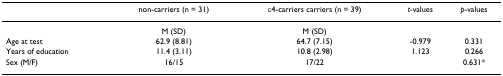
<table><thead><tr><td></td><td><b>non-carriers (n = 31)</b></td><td><b>ε4-carriers carriers (n = 39)</b></td><td><b><i>t</i>-values</b></td><td><b><i>p</i>-values</b></td></tr></thead><tbody><tr><td></td><td>M (SD)</td><td>M (SD)</td><td></td><td></td></tr><tr><td>Age at test</td><td>62.9 (8.81)</td><td>64.7 (7.15)</td><td>-0.979</td><td>0.331</td></tr><tr><td>Years of education</td><td>11.4 (3.11)</td><td>10.8 (2.98)</td><td>1.123</td><td>0.266</td></tr><tr><td>Sex (M/F)</td><td>16/15</td><td>17/22</td><td></td><td>0.631*</td></tr></tbody></table>